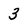
Character: 3